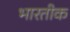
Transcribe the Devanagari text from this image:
भारतीक